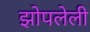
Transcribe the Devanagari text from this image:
झोपलेली